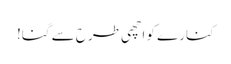
کنارے کو اچھی طرح سے گنا!